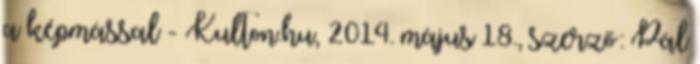
a képmással - Kulton.hu, 2014. május 18., szerző: Pál